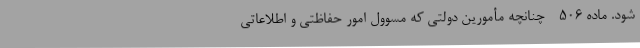
‌شود. ماده 506 - چنانچه مأمورین دولتی که مسوول امور حفاظتی و اطلاعاتی